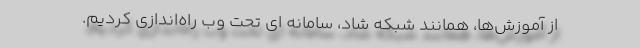
از آموزش‌ها، همانند شبکه شاد، سامانه ای تحت وب راه‌اندازی کردیم.